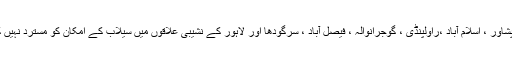
اس دوران پشاور ، اسلام آباد ،راولپنڈی ، گوجرانوالہ ، فیصل آباد ، سرگودھا اور لاہور کے نشیبی علاقوں میں سیلاب کے امکان کو مسترد نہیں کیا جاسکتا۔